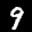
Label: 9